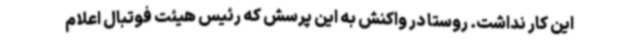
این کار نداشت. روستا در واکنش به این پرسش که رئیس هیئت فوتبال اعلام